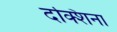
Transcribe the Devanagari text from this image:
दक्शिना